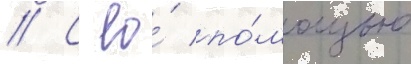
// С ео́ по́мощью